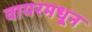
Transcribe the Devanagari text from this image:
वायरमधून